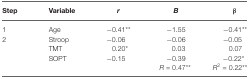
<table><thead><tr><td><b>Step</b></td><td><b>Variable</b></td><td><b><i>r</i></b></td><td><b><i>B</i></b></td><td><b><i>β</i></b></td></tr></thead><tbody><tr><td>1</td><td>Age</td><td>−0.41**</td><td>−1.55</td><td>−0.41**</td></tr><tr><td>2</td><td>Stroop</td><td>−0.06</td><td>−0.06</td><td>−0.05</td></tr><tr><td></td><td>TMT</td><td>0.20*</td><td>0.03</td><td>0.07</td></tr><tr><td></td><td>SOPT</td><td>−0.15</td><td>−0.39</td><td>−0.22*</td></tr><tr><td></td><td></td><td></td><td><i>R</i> = 0.47**</td><td><i>R</i><sup>2</sup> = 0.22**</td></tr></tbody></table>